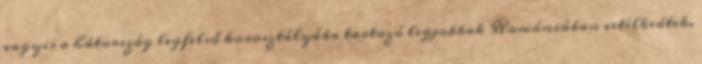
vagyis a hátország legfelső korosztályába tartozó legjobbak Romániában vetélkedtek.